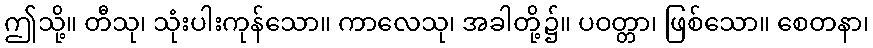
ဤသို့။ တီသု၊ သုံးပါးကုန်သော။ ကာလေသု၊ အခါတို့၌။ ပဝတ္တာ၊ ဖြစ်သော။ စေတနာ၊